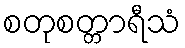
စတုစတ္တာရီသံ